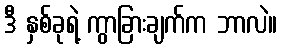
ဒီ နှစ်ခုရဲ့ ကွာခြားချက်က ဘာလဲ။